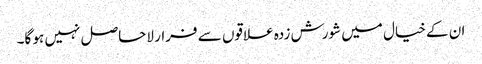
ان کے خیال میں شورش زدہ علاقوں سے فرار لاحاصل نہیں ہو گا۔